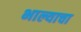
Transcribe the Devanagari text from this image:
भाल्याचा